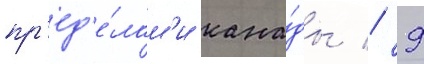
пр'ед'е́лам'и кана́ды // 9